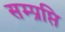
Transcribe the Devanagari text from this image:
सम्प्रप्ति